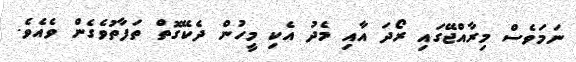
ނަމަވެސް މިރާއްޖޭގައި ރޯދަ އާއި މެދު އެކި މީހުން ދެކޭގޮތް ތަފާތުވެގެން ވެއެވެ.